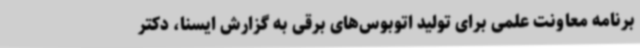
برنامه معاونت علمی برای تولید اتوبوس‌های برقی به گزارش ایسنا، دکتر